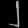
Digit: ၂